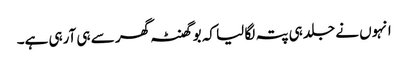
انہوں نے جلد ہی پتہ لگا لیا کہ بو گھنٹہ گھر سے ہی آرہی ہے۔